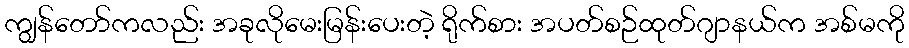
ကျွန်တော်ကလည်း အခုလိုမေးမြန်းပေးတဲ့ ရိုက်စား အပတ်စဉ်ထုတ်ဂျာနယ်က အစ်မကို